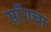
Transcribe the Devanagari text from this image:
साँगचा